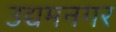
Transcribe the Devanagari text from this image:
उद्यमनगर